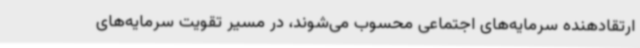
ارتقادهنده سرمایه‌های اجتماعی محسوب می‌شوند، در مسیر تقویت سرمایه‌های